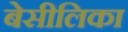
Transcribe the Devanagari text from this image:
बेसीलिका